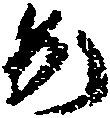
か